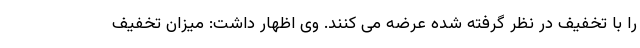
را با تخفیف در نظر گرفته شده عرضه می کنند. وی اظهار داشت: میزان تخفیف